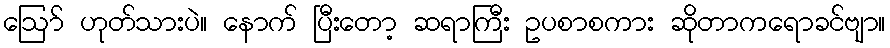
ဪ ဟုတ်သားပဲ။ နောက် ပြီးတော့ ဆရာကြီး ဥပစာစကား ဆိုတာကရောခင်ဗျာ။